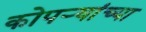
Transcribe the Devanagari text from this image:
कोपर्‍यांच्या